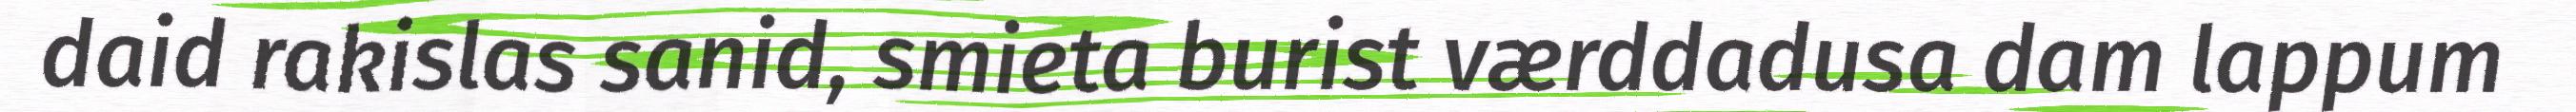
daid rakislas sanid, smieta burist værddadusa dam lappum